Report on the administration of the Government Cinchona Department 1892-98
Year: 1892
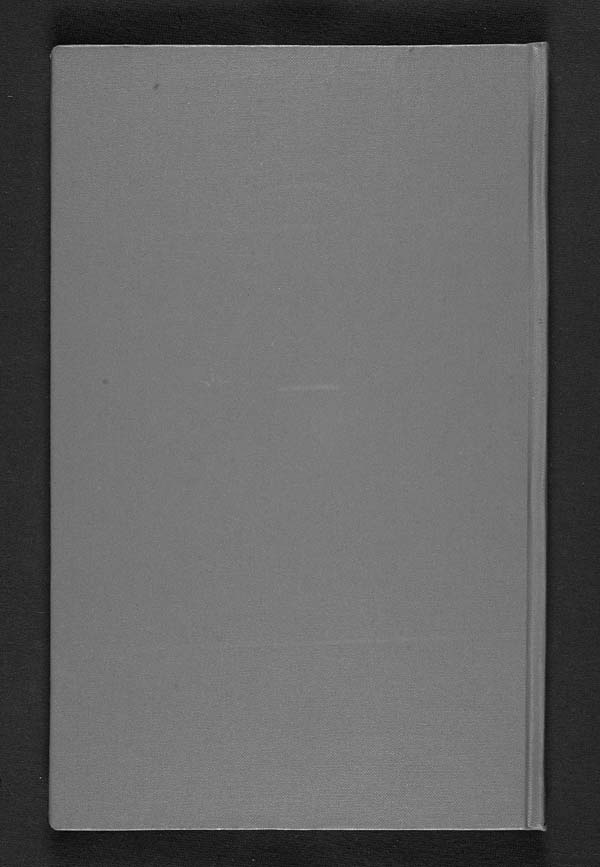
Issued.
Recd.
Encl.
Govt. of {1893} Madras.
REVENUE.
G.O., 28th June 1893,
Nos. 576, 576A, 576B. 576C.
JUNE.
Cinchona Department.
Reviewing report on the working of the Gov-
ernment — for 1892–93 and that on Mr. Hooper's
analytical work done during the same period.